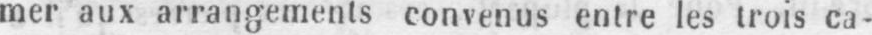
mer aux arrangements convenus entre les trois ca-